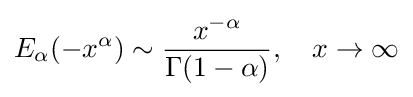
E_{\alpha }(-x^{\alpha })\sim {\frac {x^{-\alpha }}{\Gamma (1-\alpha )}},\quad x\to \infty